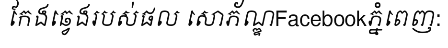
កែងឆ្វេងរបស់ផល សោភ័ណ្ឌFacebookភ្នំពេញ: